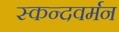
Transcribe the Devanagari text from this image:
स्कन्दवर्मन